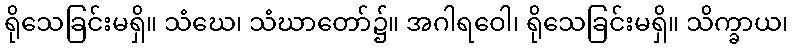
ရိုသေခြင်းမရှိ။ သံဃေ၊ သံဃာတော်၌။ အဂါရဝေါ၊ ရိုသေခြင်းမရှိ။ သိက္ခာယ၊